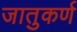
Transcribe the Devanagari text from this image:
जातुकर्ण